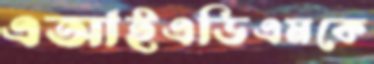
এআইএডিএমকে